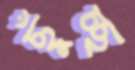
ছুঁচ্ছ